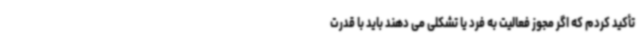
تأکید کردم که اگر مجوز فعالیت به فرد یا تشکلی می دهند باید با قدرت